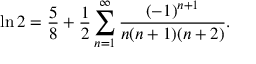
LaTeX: \ln 2 = { \frac { 5 } { 8 } } + { \frac { 1 } { 2 } } \sum _ { n = 1 } ^ { \infty } { \frac { ( - 1 ) ^ { n + 1 } } { n ( n + 1 ) ( n + 2 ) } } .